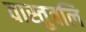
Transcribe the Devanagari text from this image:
वास्तुबलि